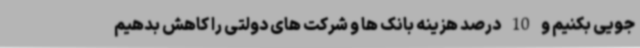
جویی بکنیم و 10 درصد هزینه بانک ها و شرکت های دولتی را کاهش بدهیم